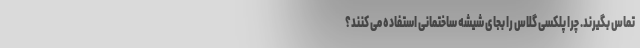
تماس بگیرند. چرا پلکسی گلاس را بجای شیشه ساختمانی استفاده می کنند؟